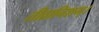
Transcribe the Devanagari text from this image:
तीव्रानिशम्।